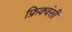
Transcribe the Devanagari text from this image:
फ्रिक्वंसी